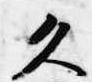
久